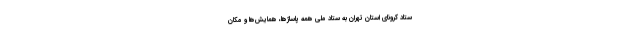
ستاد کرونای استان تهران به ستاد ملی همه پاساژ‌ها، همایش‌ها و مکان